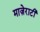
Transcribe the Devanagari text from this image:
माज़ेराटी